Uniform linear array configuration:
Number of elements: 12
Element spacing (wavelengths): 0.25
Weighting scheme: uniform
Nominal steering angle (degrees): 45
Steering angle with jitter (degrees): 45.45
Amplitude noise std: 0.05
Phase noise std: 0.05

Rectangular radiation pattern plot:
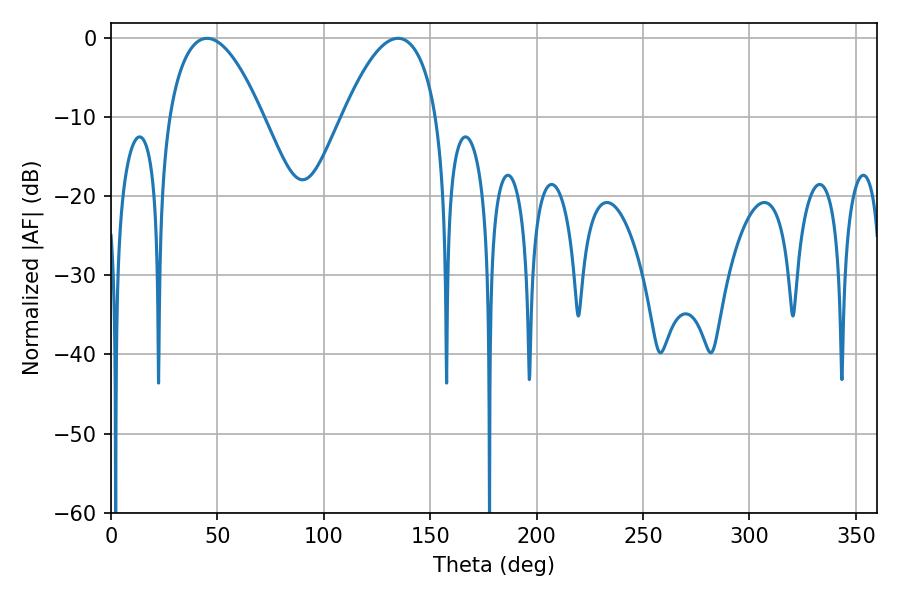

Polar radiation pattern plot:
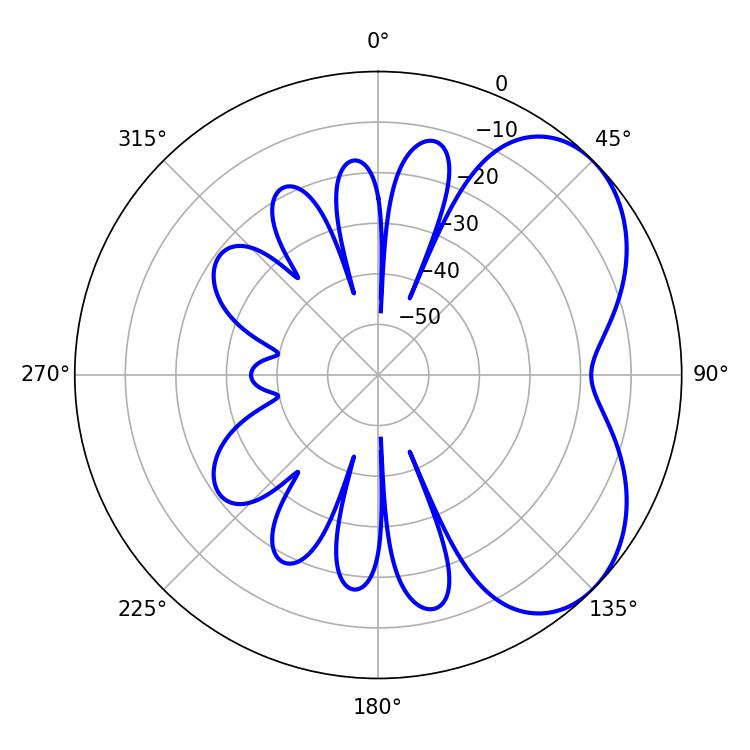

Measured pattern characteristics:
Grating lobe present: FALSE
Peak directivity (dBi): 4.772
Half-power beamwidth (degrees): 24.48
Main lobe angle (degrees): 45.18